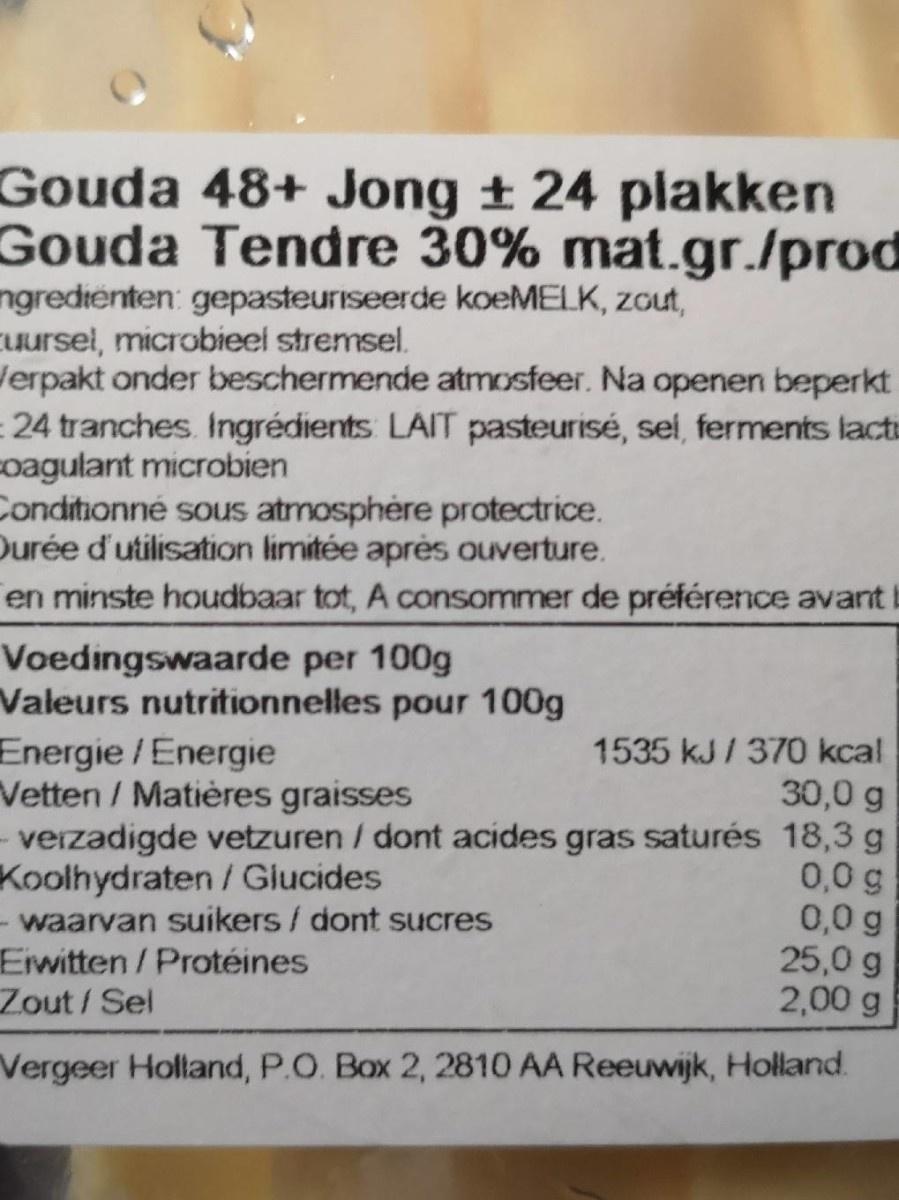
Gouda 48+ Jong ± 24 plakken
Gouda Tendre 30% mat.gr./prod
ngredienten: gepasteuriseerde koeMELK, zout, ursel, microbieel stremsel. Jerpakt onder beschermende atmosfeer. Na openen beperkt = 24 tranches. Ingrédients LAIT pasteurisé, sel, ferments lactu coagulant microbien Conditionné sous atmosphére protectrice. Durée d'utilisation limitée après ouverture. en minste houdbaar tot, A consommer de préférence avant I
Voedingswaarde per 100g Valeurs nutritionnelles pour 100g
1535 kJ/ 370 kcal
Energie/Energie Vetten / Matières graisses - verzadigde vetzuren / dont acides gras saturés 18,3 g Koolhydraten / Giucides - waarvan suikers / dont sucres Eiwitten/Protéines
30,0 g
0,0 g 0,0 g 25,0 g 2,00 g
Zout/Sel
Vergeer Holland, P.O. Box 2, 2810 AA Reeuwijk, Holland.